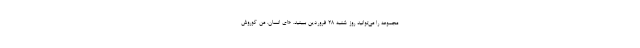
مجموعه را می‌توانید روز شنبه ۲۸ فروردین ببینید. «ای انسان. من کوروش